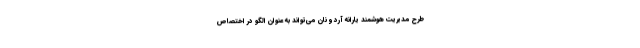
طرح مدیریت هوشمند یارانه آرد و نان می‌تواند به عنوان الگو در اختصاص